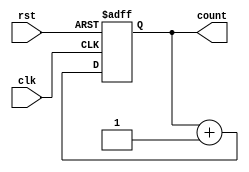
module async_reset_sync_counter (
    input wire clk,            // Clock input
    input wire rst,            // Asynchronous reset input (active high)
    output reg [2:0] count     // 3-bit counter output
);

// Always block triggered by the clock and reset
always @(posedge clk or posedge rst) begin
    if (rst) begin
        count <= 3'b000;      // Reset the counter to 0
    end else begin
        count <= count + 1;   // Increment the counter value
    end
end

endmodule